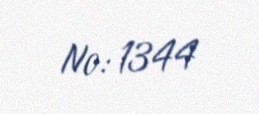
№: 1344